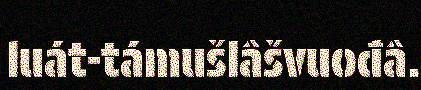
luát-támušlâšvuođâ.